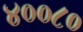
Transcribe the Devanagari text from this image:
४००८०